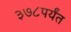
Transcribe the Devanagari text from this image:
३७८पर्यंत